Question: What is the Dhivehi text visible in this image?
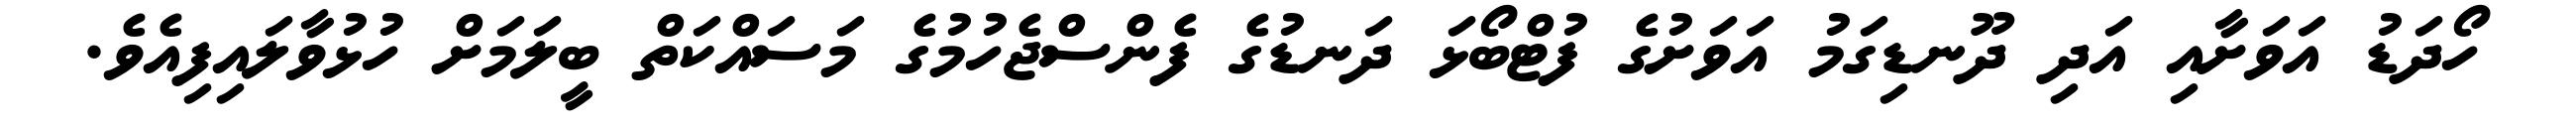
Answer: ހޯދަޑު އަވަށާއި އަދި ދޫނޑިގަމު އަވަށުގެ ފުޓްބޯޅަ ދަނޑުގެ ފެންސްޖެހުމުގެ މަސައްކަތް ބީލަމަށް ހުޅުވާލައިފިއެވެ.